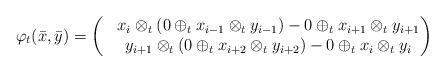
LaTeX: \begin{align*}& \varphi_t(\bar{x}, \bar{y}) = \begin{pmatrix}& x_i \otimes_t (0 \oplus_t x_{i-1} \otimes_t y_{i-1}) - 0 \oplus_t x_{i+1} \otimes_ty_{i+1} \\& y_{i+1} \otimes_t (0 \oplus_t x_{i+2} \otimes_t y_{i+2}) - 0 \oplus_t x_{i} \otimes_t y_{i}\end{pmatrix}\end{align*}